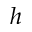
h